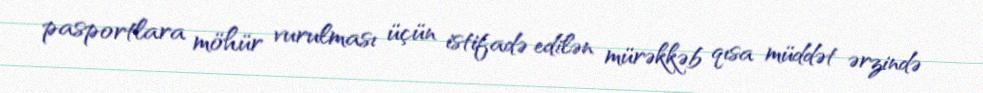
pasportlara möhür vurulması üçün istifadə edilən mürəkkəb qısa müddət ərzində